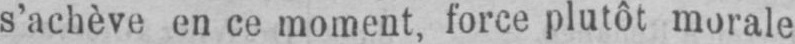
s’achève en ce moment, force plutôt morale